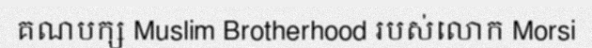
គណបក្ស Muslim Brotherhood របស់លោក Morsi